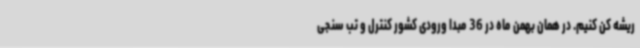
ریشه کن کنیم. در همان بهمن ماه در 36 مبدا ورودی کشور کنترل و تب سنجی